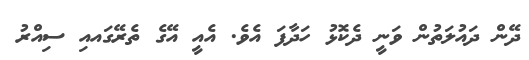
ދޭން ދައުލަތުން ވަނީ ދެކޮޅު ހަދާފަ އެވެ. އެއީ އޭގެ ތެރޭގައއި ސިއްރު